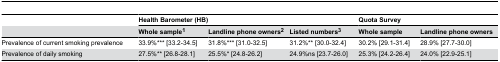
|  | <COLSPAN=3> Health Barometer (HB) | <COLSPAN=2> Quota Survey |
 |  | Whole sample1 | Landline phone owners2 | Listed numbers3 | Whole sample | Landline phone owners |
 | --- | --- | --- | --- | --- | --- |
 | Prevalence of current smoking prevalence | 33.9%*** [33.2-34.5] | 31.8%*** [31.0-32.5] | 31.2%** [30.0-32.4] | 30.2% [29.1-31.4] | 28.9% [27.7-30.0] |
 | Prevalence of daily smoking | 27.5%** [26.8-28.1] | 25.5%* [24.8-26.2] | 24.9%ns [23.7-26.0] | 25.3% [24.2-26.4] | 24.0% [22.9-25.1] |